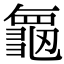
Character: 𮯝